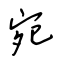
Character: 宛